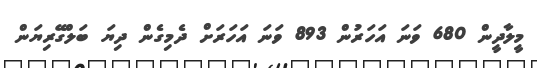
މީލާދީން 680 ވަނަ އަހަރުން 893 ވަނަ އަހަރަށް ދެމިގެން ދިޔަ ބަލްގޭރިޔަން